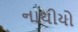
નાથીયો